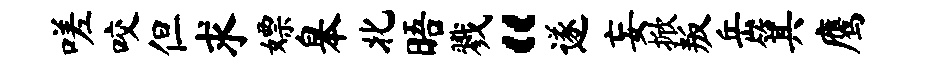
嗟咬但求嫖皋北晤戮“遂妄掀叛岳箕鹰